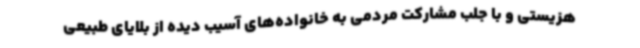
هزیستی و با جلب مشارکت مردمی به خانواده‌های آسیب دیده از بلایای طبیعی